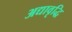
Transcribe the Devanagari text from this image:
अद्यावृद्धि